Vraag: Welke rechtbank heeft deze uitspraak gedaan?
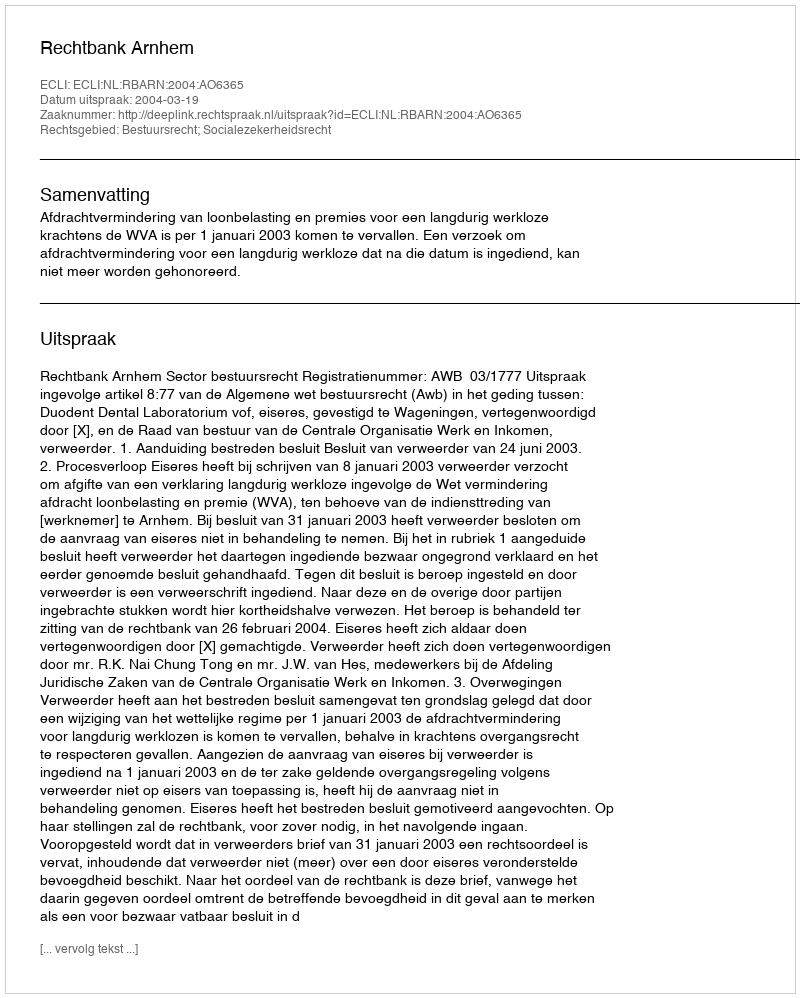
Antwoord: Rechtbank Arnhem